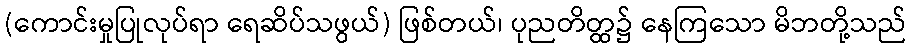
(ကောင်းမှုပြုလုပ်ရာ ရေဆိပ်သဖွယ်) ဖြစ်တယ်၊ ပုညတိတ္ထ၌ နေကြသော မိဘတို့သည်